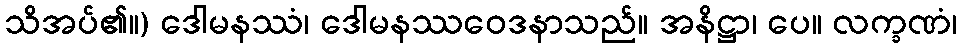
သိအပ်၏။) ဒေါမနဿံ၊ ဒေါမနဿဝေဒနာသည်။ အနိဋ္ဌာ၊ ပေ။ လက္ခဏံ၊